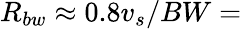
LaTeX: R_{bw}\approx 0.8v_{s}/BW=